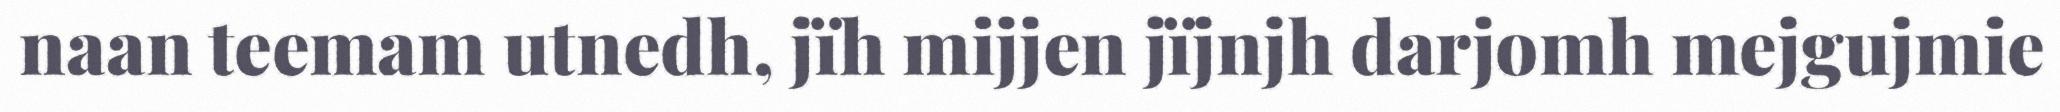
naan teemam utnedh, jïh mijjen jïjnjh darjomh mejgujmie